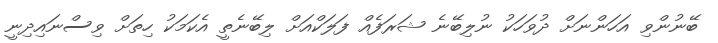
ބޭނުންވި އަހަންނަށް ދުވަހަކު ނުލިބޭނެ ޝަރަފެއް ފަލަކްއަށް ލިބޭނެތީ އެކަމަކު ހިތަށް ވިސްނައިދިނީ